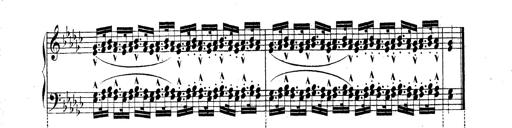
Title: Technische Studien
Composer: Franz Liszt